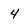
Character: 4